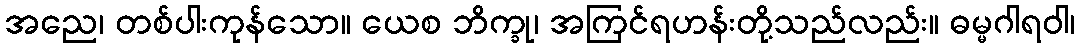
အညေ၊ တစ်ပါးကုန်သော။ ယေစ ဘိက္ခု၊ အကြင်ရဟန်းတို့သည်လည်း။ ဓမ္မဂါရဝါ၊